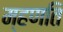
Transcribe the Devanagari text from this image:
म्हणति